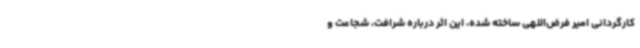
کارگردانی امیر فرض‌اللهی ساخته شده، این اثر درباره شرافت، شجاعت و